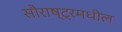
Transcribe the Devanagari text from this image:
सौराष्ट्रमधील